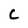
Character: C